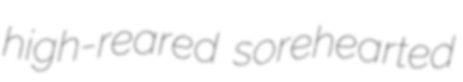
high-reared sorehearted